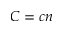
C = c n